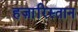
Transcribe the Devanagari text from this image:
हज़ारिस्तान